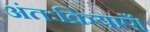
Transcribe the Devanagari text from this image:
अंतःक्रियाएँ।